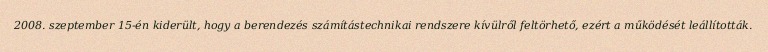
2008. szeptember 15-én kiderült, hogy a berendezés számítástechnikai rendszere kívülről feltörhető, ezért a működését leállították.